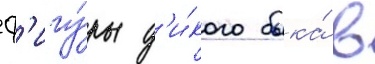
ф'игу́ры д'и́кого быка́ в